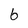
Character: 6